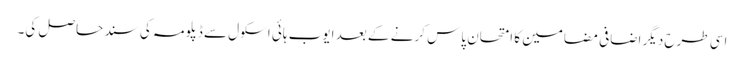
اسی طرح دیگر اضافی مضامین کا امتحان پاس کرنے کے بعد ایوب ہائی اسکول سے ڈپلومہ کی سند حاصل کی۔